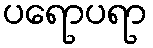
ပရောပရာ